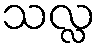
သလ္လ